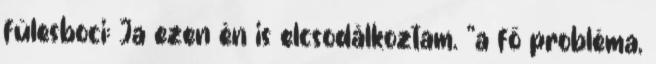
fülesboci: Ja ezen èn is elcsodàlkoztam. "a fő probléma,